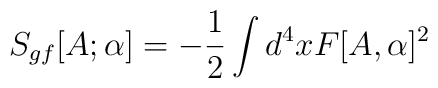
S_{gf}[A;\alpha ]=-\frac{1}{2}\int d^{4}xF[A,\alpha ]^{2}